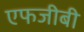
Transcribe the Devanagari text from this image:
एफजीबी